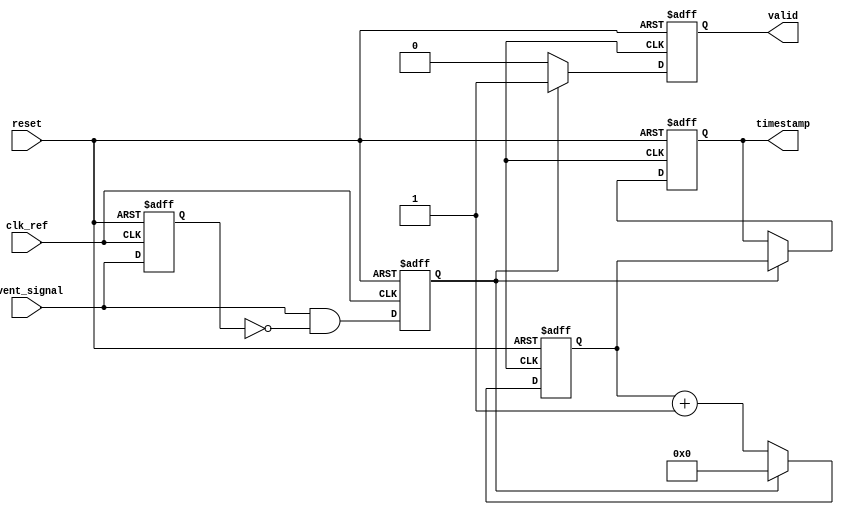
module TDC_PLL (
    input wire clk_ref,              // Reference clock input
    input wire event_signal,         // Input event signal
    input wire reset,                // Asynchronous reset
    output reg [15:0] timestamp,     // Time stamp output, adjust width as needed
    output reg valid                 // Output valid signal
);
    // PLL-related parameters (for a real design, PLL would be instantiated)
    reg pll_clk; // Simulated high-frequency clock output from PLL
    reg [15:0] counter; // High-frequency counter

    // Edge detection logic
    reg event_detected;
    reg event_prev;

    always @(posedge clk_ref or posedge reset) begin
        if (reset) begin
            event_prev <= 1'b0;
            event_detected <= 1'b0;
        end else begin
            event_detected <= event_signal & ~event_prev; // Rising edge detection
            event_prev <= event_signal;
        end
    end

    // High-frequency counter based on PLL clock (for simulation assume a simple toggle)
    always @(posedge pll_clk or posedge reset) begin
        if (reset) begin
            counter <= 16'b0;
        end else if (event_detected) begin
            counter <= 16'b0; // Reset counter on event detected
        end else begin
            counter <= counter + 1; // Increment counter
        end
    end

    // Capture timestamp when event is detected
    always @(posedge pll_clk or posedge reset) begin
        if (reset) begin
            timestamp <= 16'b0;
            valid <= 1'b0;
        end else if (event_detected) begin
            timestamp <= counter; // Latch the current counter value
            valid <= 1'b1; // Signal that a valid timestamp is available
        end else begin
            valid <= 1'b0; // Clear valid signal if no new timestamp
        end
    end

    // Generate PLL clock (for simulation, a simple clock generator)
    always begin
        #5 pll_clk = ~pll_clk; // Assume a specific frequency for PLL output
    end

    // Reset conditions
    initial begin
        pll_clk = 1'b0; // Initialize PLL clock
        valid = 1'b0;
        timestamp = 16'b0;
    end
endmodule